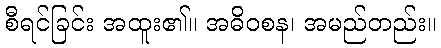
စီရင်ခြင်း အထူး၏။ အဓိဝစန၊ အမည်တည်း။